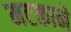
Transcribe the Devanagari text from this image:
मटकाने